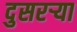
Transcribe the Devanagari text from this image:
दुसरऱ्या